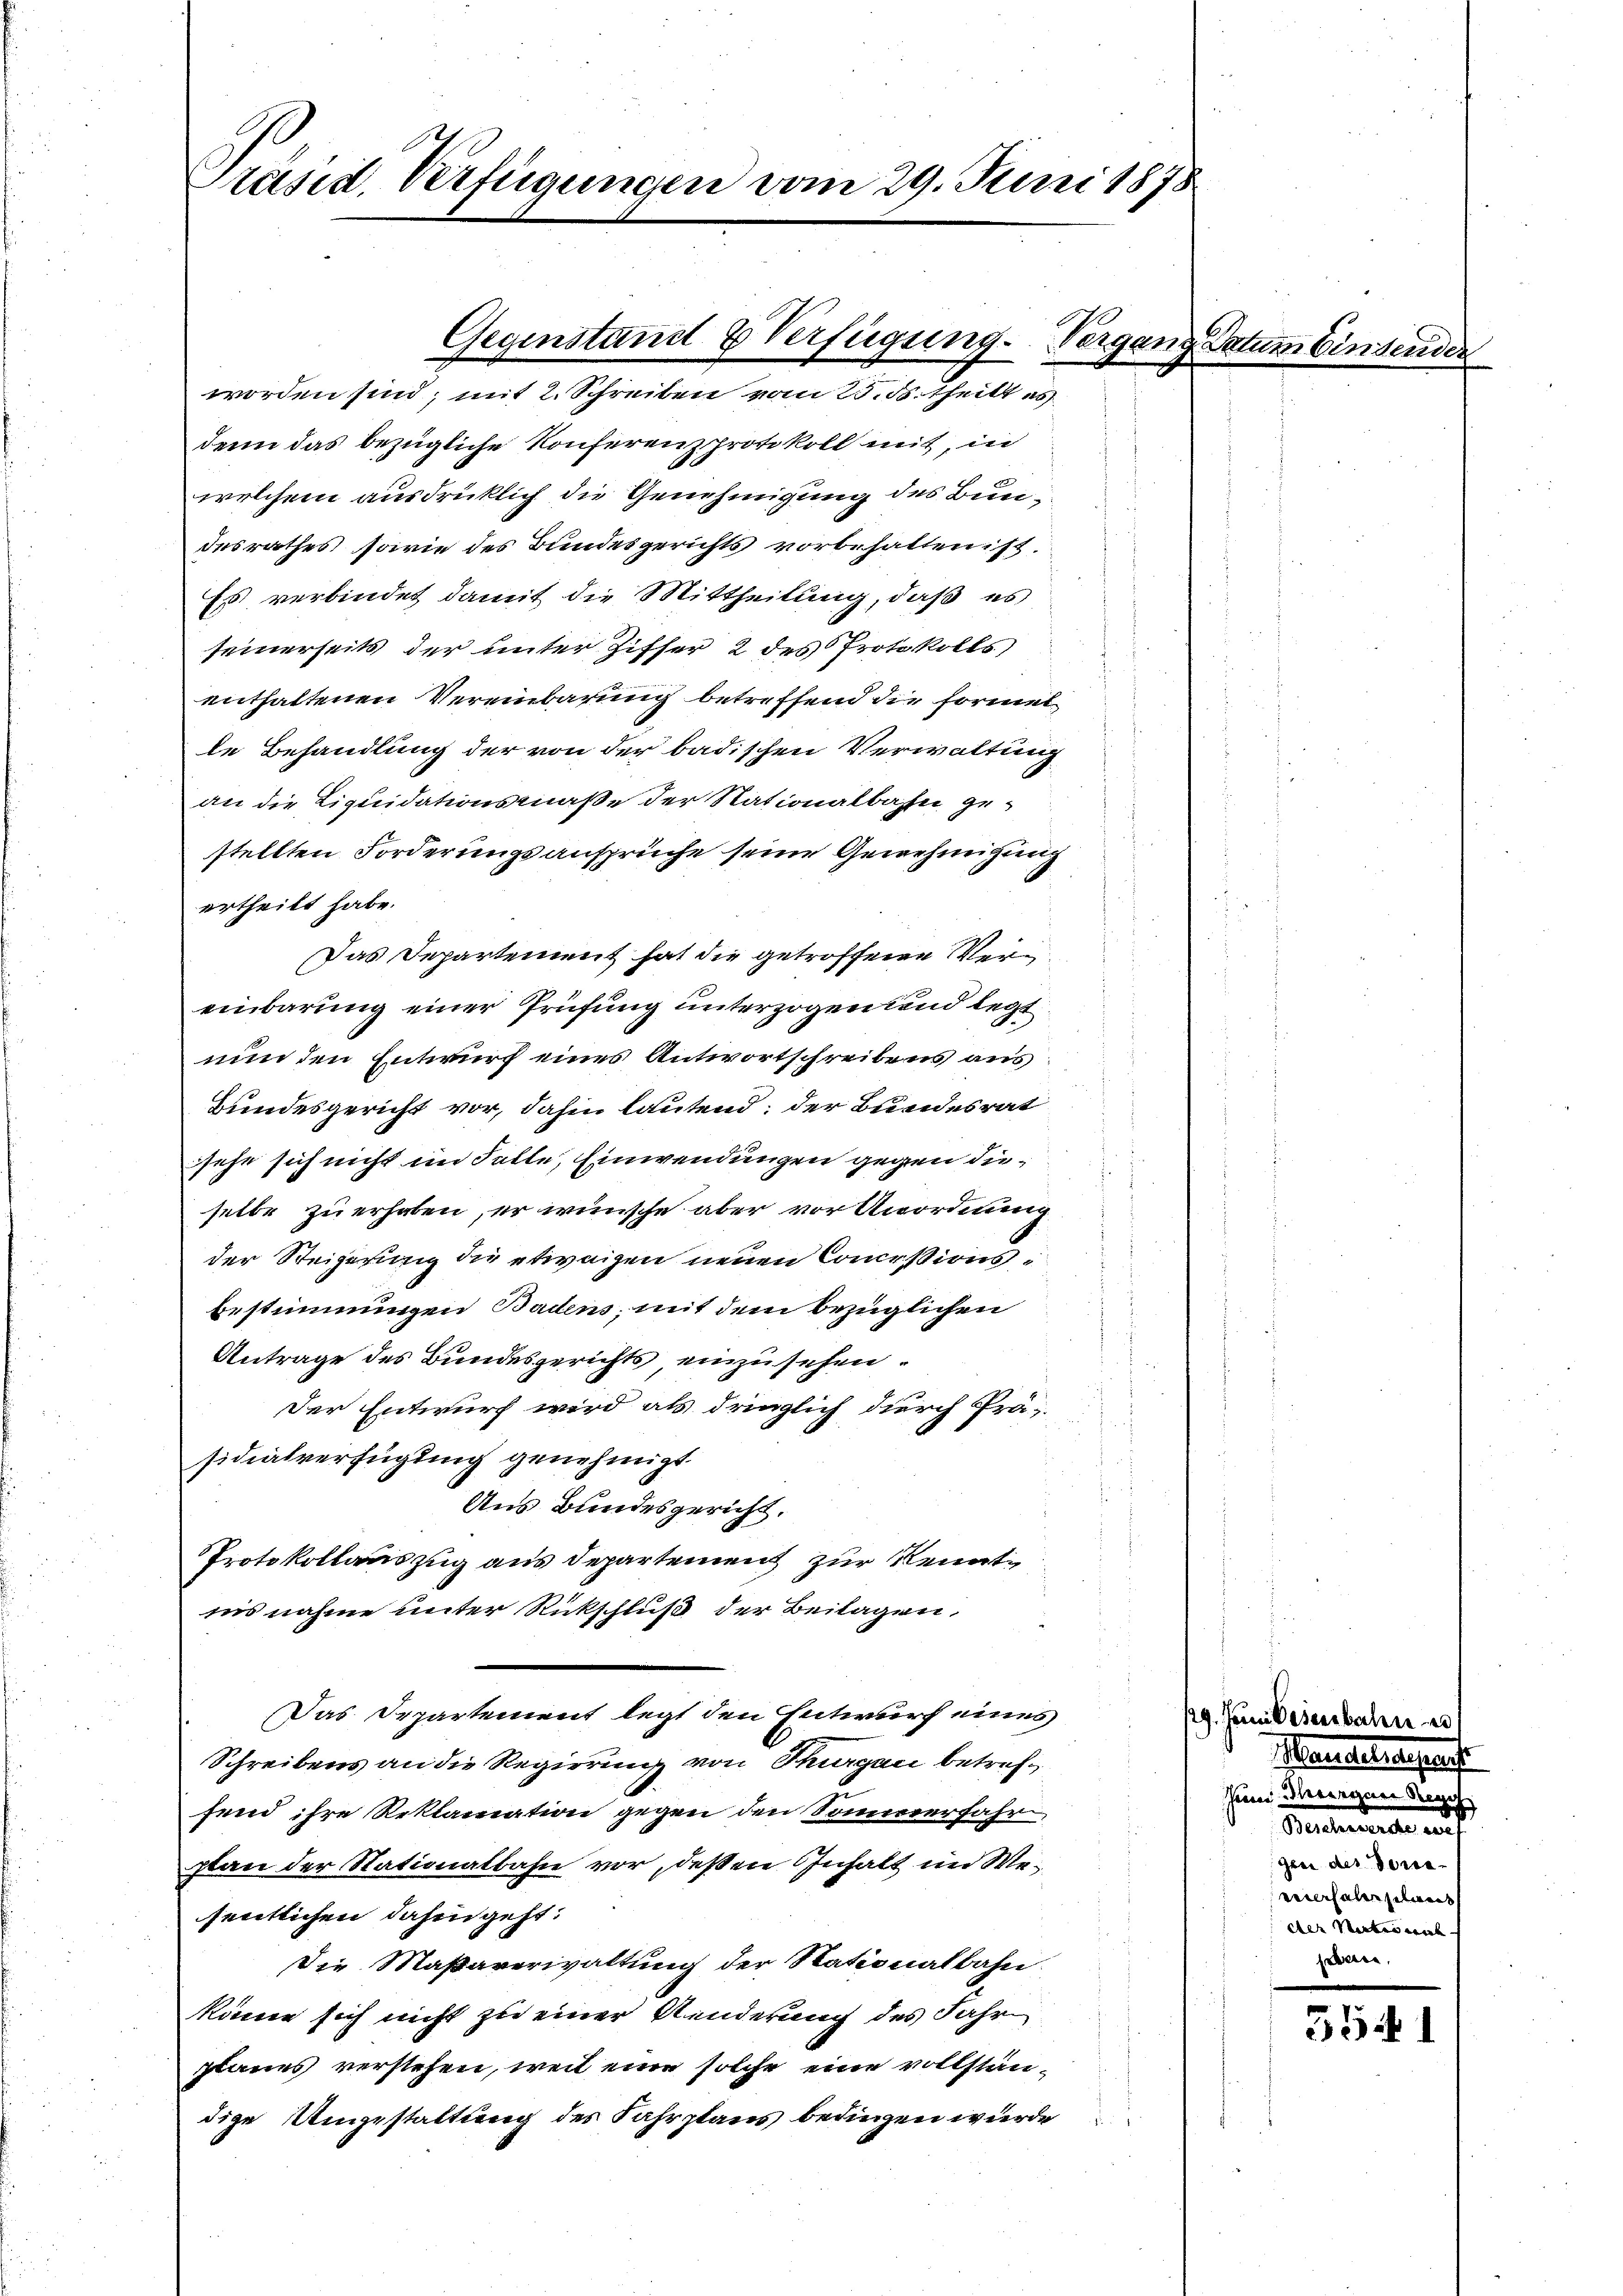
denn das bezügliche Konferenzprotokoll mit, in
welchem ausdrücklich die Genehmigung des Bundesrathes, sowie des Bundesgerichts vorbehalten ist.
Es verbindet damit die Mittheilung, daß es
seinerseits der unter Ziffer 2 des Protokolls)
enthaltenen Vereinbarung betreffend die Formel
le Behandlung der von der badischen Verwaltung
an die Liquidationsmaße der Nationalbahn gestellten Forderungsansprüche seine Genehmigung
ertheilt habe.
Das Departement hat die getroffene Vereinbarung einer Prüfung unterzogen und legt
nun den Entwurf eines Antwortschreibens aus
Bundesgericht vor, dahin lautend: der Bundesrat
sehe sich nicht im Falle, Einwendungen gegen dieselbe zu erhoben, er wünsche aber vor Anordnung
der Steigerung die etwaigen neuen Concessionsbestimmungen Badens, mit dem bezüglichen
Antrage des Bundesgerichts einzusehen.
Der Entwurf wird als dringlich durch Prä-
.
sidialverfügung genehmigt.
Aus Bundesgericht,
Protokollauszug aus Departement zur Kenntiis nahme unter Rückschluß der Beilagen,
Das Departement legt den Entwurf eines
Schreibens an die Regierung von Thurgau betreffend ihre Reklamation gegen den Sommerfahr
plan der Stationalbahn vor, deßen Inhalt im Wesentlichen dahin geht:
Die Maßaverwaltung der Stationalbahn.
könne sich nicht zu einer Aenderung des Jahr
planes verstehen, weil eine solche eine vollständige Umgestaltung des Fahrplans bedingen wurde

Präsid. Verfügungen vom 29. Juni 1878

Gegenstand & Verfügung. Vergang Datum Einsender
worden sind, mit 2. Schreiben vom 25. ds. theilt es

29. Junii Wesenbahn
Mandersehens
hum Bewegen Kirch

gen des Ferie-
versalistiret
der Neben wie
seben,

3541